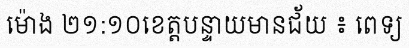
ម៉ោង ២១:១០ខេត្តបន្ទាយមានជ័យ ៖ ពេទ្យ